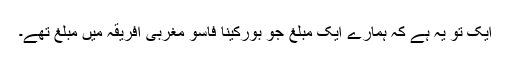
ایک تو یہ ہے کہ ہمارے ایک مبلغ جو بورکینا فاسو مغربی افریقہ میں مبلغ تھے۔